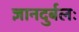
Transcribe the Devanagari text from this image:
ज्ञानदुर्बलः